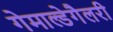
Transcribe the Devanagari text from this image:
गेमाल्डेगैलरी